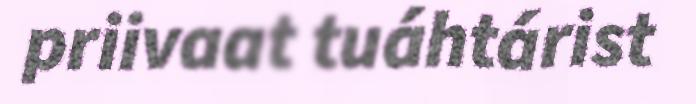
priivaat tuáhtárist